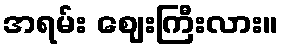
အရမ်း ဈေးကြီးလား။